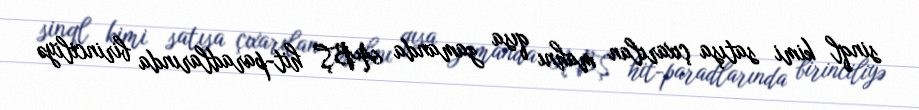
sinql kimi satışa çıxarılan mahnı qısa zamanda ABŞ hit-paradlarında birinciliyə